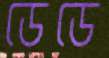
ডেডে